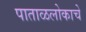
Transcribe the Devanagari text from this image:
पाताळलोकाचे